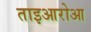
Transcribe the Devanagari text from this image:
ताइआरोआ